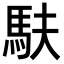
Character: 𫘆